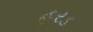
હરડ